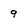
Character: 9